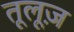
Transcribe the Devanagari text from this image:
तूलूज़